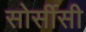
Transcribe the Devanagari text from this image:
सोर्सीसी